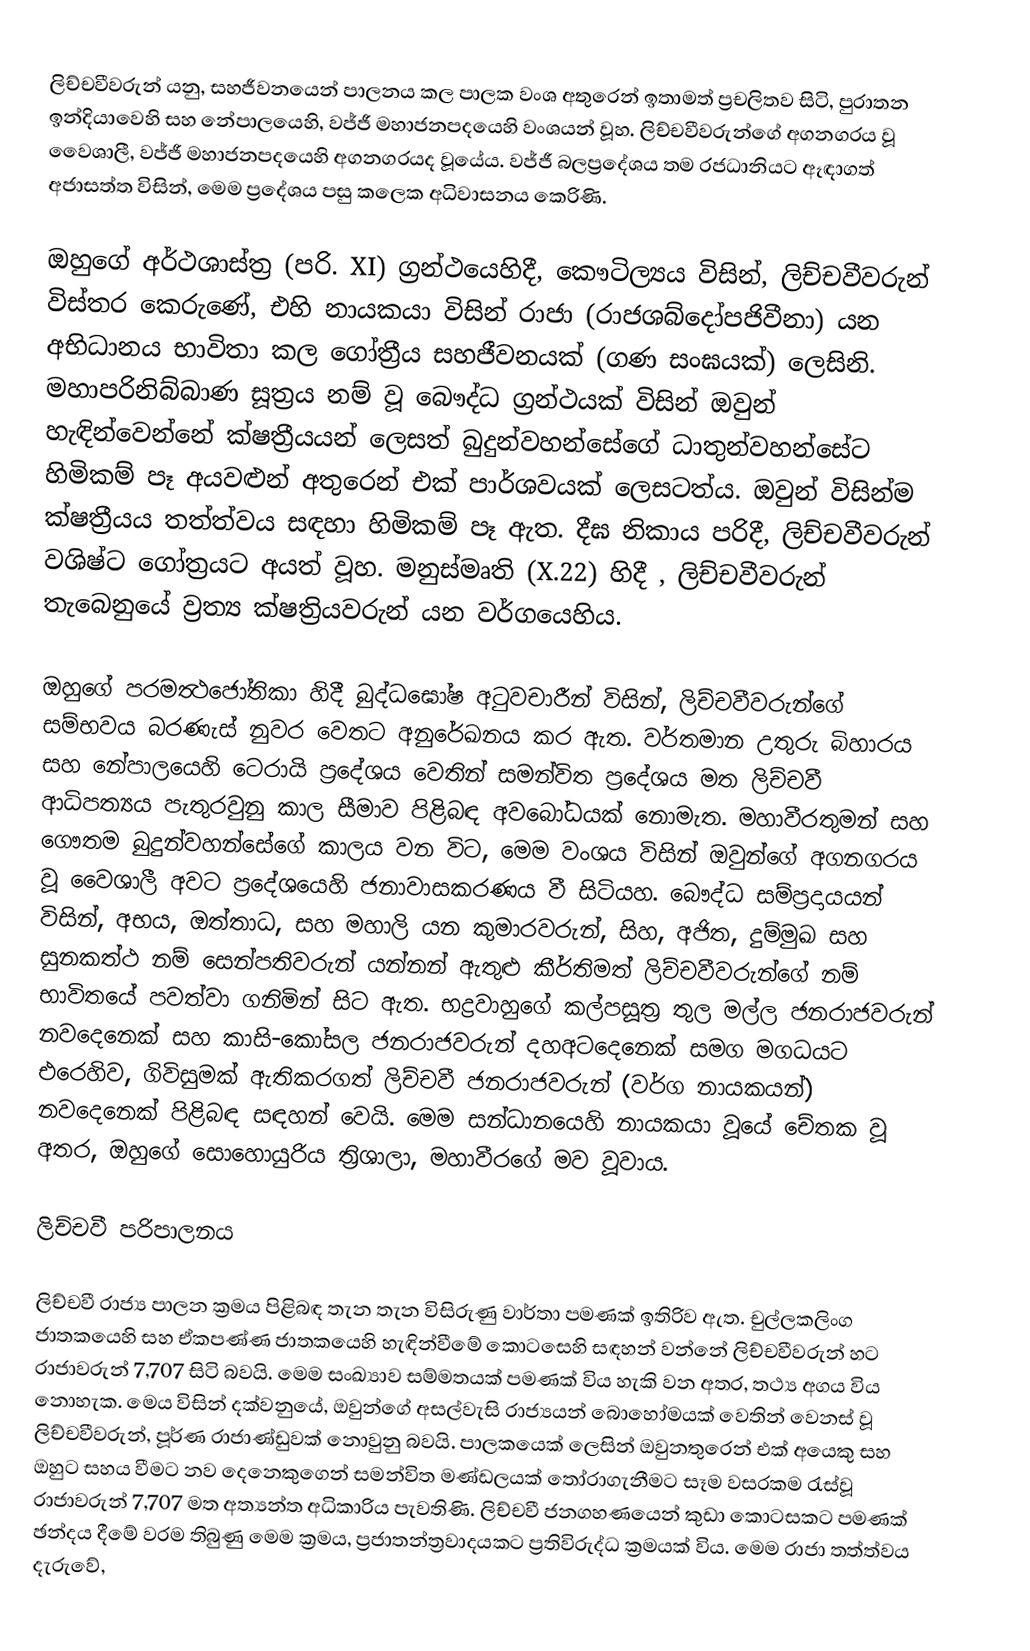
ලිච්චවීවරුන් යනු,  සහජීවනයෙන් පාලනය කල පාලක වංශ අතුරෙන් ඉතාමත් ප්‍රචලිතව සිටි, පුරාතන ඉන්දියාවෙහි සහ නේපාලයෙහි,  වජ්ජී මහාජනපදයෙහි වංශයන් වූහ. ලිච්චවීවරුන්ගේ අගනගරය වූ වෛශාලී, වජ්ජී මහාජනපදයෙහි අගනගරයද වූයේය. වජ්ජී බලප්‍රදේශය තම රජධානියට ඈඳාගත්  අජාසත්ත විසින්,  මෙම ප්‍රදේශය පසු කලෙක අධිවාසනය කෙරිණි.

ඔහුගේ අර්ථශාස්ත්‍ර (පරි. XI) ග්‍රන්ථයෙහිදී, කෞටිල්‍යය විසින්, ලිච්චවීවරුන් විස්තර කෙරුණේ, එහි නායකයා විසින්  රාජා (රාජශබ්දෝපජිවීනා) යන අභිධානය භාවිතා කල ගෝත්‍රීය සහජීවනයක් (ගණ සංඝයක්) ලෙසිනි. මහාපරිනිබ්බාණ සූත්‍රය නම් වූ බෞද්ධ ග්‍රන්ථයක් විසින් ඔවුන් හැඳින්වෙන්නේ ක්ෂත්‍රීයයන් ලෙසත් බුදුන්වහන්සේගේ ධාතුන්වහන්සේට හිමිකම් පෑ අයවළුන් අතුරෙන් එක් පාර්ශවයක් ලෙසටත්ය. ඔවුන් විසින්ම ක්ෂත්‍රීයය තත්ත්වය සඳහා හිමිකම් පෑ ඇත. දීඝ නිකාය පරිදී, ලිච්චවීවරුන්  වශිෂ්ට ගෝත්‍රයට අයත් වූහ. මනුස්මෘති (X.22) හිදී , ලිච්චවීවරුන් තැබෙනුයේ  ව්‍රත්‍ය ක්ෂත්‍රියවරුන් යන වර්ගයෙහිය.

ඔහුගේ පරමත්‍ථජෝතිකා හිදී බුද්ධඝෝෂ අටුවචාරීන් විසින්,  ලිච්චවීවරුන්ගේ සම්භවය බරණැස් නුවර වෙතට අනුරේඛනය කර ඇත. වර්තමාන උතුරු බිහාරය සහ නේපාලයෙහි ටෙරායි  ප්‍රදේශය වෙතින් සමන්විත ප්‍රදේශය මත ලිච්චවී ආධිපත්‍යය පැතුරවුනු කාල සීමාව පිළිබඳ අවබෝධයක් නොමැත. මහාවීරතුමන් සහ ගෞතම බුදුන්වහන්සේගේ කාලය වන විට, මෙම වංශය විසින් ඔවුන්ගේ අගනගරය වූ  වෛශාලී අවට ප්‍රදේශයෙහි ජනාවාසකරණය වී සිටියහ. බෞද්ධ සම්ප්‍රදායයන් විසින්, අභය, ඔත්තාධ, සහ මහාලි යන කුමාරවරුන්, සිහ,  අජිත, දුම්මුඛ සහ සුනකත්ථ නම් සෙන්පතිවරුන් යන්නන් ඇතුළු කීර්තිමත් ලිච්චවීවරුන්ගේ නම් භාවිතයේ පවත්වා ගනිමින් සිට ඇත.  භද්‍රවාහුගේ කල්පසූත්‍ර  තුල  මල්ල ජනරාජවරුන් නවදෙනෙක් සහ කාසි-කෝසල ජනරාජවරුන් දහඅටදෙනෙක් සමග  මගධයට එරෙහිව,  ගිවිසුමක් ඇතිකරගත් ලිච්චවී ජනරාජවරුන් (වර්ග නායකයන්) නවදෙනෙක් පිළිබඳ සඳහන් වෙයි. මෙම සන්ධානයෙහි නායකයා වූයේ  චේතක වූ අතර, ඔහුගේ සොහොයුරිය  ත්‍රිශාලා,  මහාවීරගේ මව වූවාය.

ලිච්චවී පරිපාලනය

ලිච්චවී රාජ්‍ය පාලන ක්‍රමය පිළිබඳ තැන තැන විසිරුණු වාර්තා පමණක් ඉතිරිව ඇත. චුල්ලකලිංග ජාතකයෙහි සහ ඒකපණ්ණ ජාතකයෙහි  හැඳින්වීමේ කොටසෙහි සඳහන් වන්නේ ලිච්චවීවරුන් හට රාජාවරුන්  7,707 සිටි බවයි. මෙම සංඛ්‍යාව සම්මතයක් පමණක් විය හැකි වන අතර, තථ්‍ය අගය විය නොහැක. මෙය විසින් දක්වනුයේ, ඔවුන්ගේ අසල්වැසි රාජ්‍යයන් බොහෝමයක් වෙතින් වෙනස් වූ ලිච්චවීවරුන්, පූර්ණ රාජාණ්ඩුවක් නොවුනු බවයි. පාලකයෙක් ලෙසින් ඔවුනතුරෙන් එක් අයෙකු සහ ඔහුට සහය වීමට නව දෙනෙකුගෙන් සමන්විත මණ්ඩලයක් තෝරාගැනීමට සෑම වසරකම රැස්වූ රාජාවරුන්  7,707 මත අත්‍යන්ත අධිකාරිය පැවතිණි. ලිච්චවී ජනගහණයෙන් කුඩා කොටසකට පමණක් ඡන්දය දීමේ වරම තිබුණු මෙම ක්‍රමය,  ප්‍රජාතන්ත්‍රවාදයකට ප්‍රතිවිරුද්ධ ක්‍රමයක් විය. මෙම රාජා තත්ත්වය දැරුවේ,